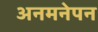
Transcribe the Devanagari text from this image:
अनमनेपन